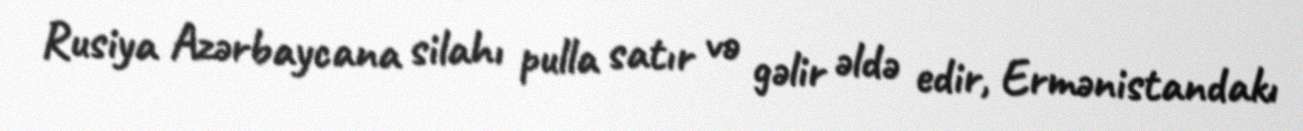
Rusiya Azərbaycana silahı pulla satır və gəlir əldə edir, Ermənistandakı